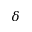
\delta